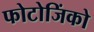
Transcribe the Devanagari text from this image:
फोटोजिंको